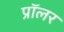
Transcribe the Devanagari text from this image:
प्रॉलर